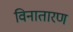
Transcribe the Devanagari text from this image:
विनातारण